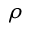
\rho